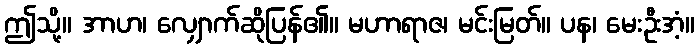
ဤသို့။ အာဟ၊ လျှောက်ဆိုပြန်၏။ မဟာရာဇ၊ မင်းမြတ်။ ပန၊ မေးဦးအံ့။